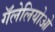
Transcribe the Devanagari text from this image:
गॅलेलियोओ